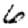
Digit: 6